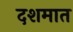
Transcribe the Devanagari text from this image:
दशमात